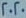
2020